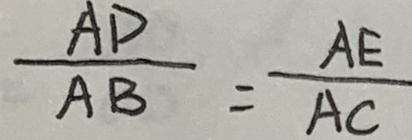
\frac { A D } { A B } = \frac { A E } { A C }